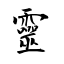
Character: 靈